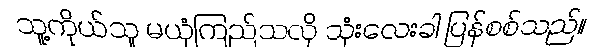
သူ့ကိုယ်သူ မယုံကြည်သလို သုံးလေးခါ ပြန်စစ်သည်။